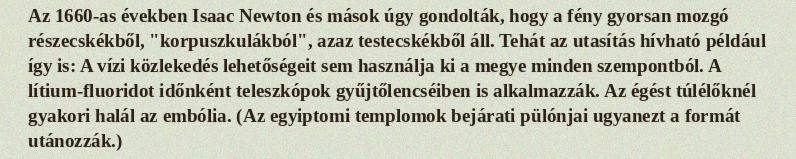
Az 1660-as években Isaac Newton és mások úgy gondolták, hogy a fény gyorsan mozgó részecskékből, "korpuszkulákból", azaz testecskékből áll. Tehát az utasítás hívható például így is: A vízi közlekedés lehetőségeit sem használja ki a megye minden szempontból. A lítium-fluoridot időnként teleszkópok gyűjtőlencséiben is alkalmazzák. Az égést túlélőknél gyakori halál az embólia. (Az egyiptomi templomok bejárati pülónjai ugyanezt a formát utánozzák.)